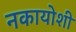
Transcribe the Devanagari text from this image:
नकायोशी